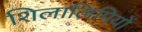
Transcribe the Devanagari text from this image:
शिलालिपियों